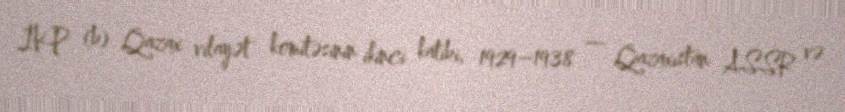
İKP (b) Qazax vilayət komitəsinin ikinci katibi, 1929–1938 — Qazaxıstan ASSR və